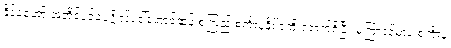
နိုင်ငံတော် အတိုင်ပင်ခံပုဂ္ဂိုလ်ဒေါ်အောင်ဆန်းစုကြည် စင်္ကာပူနိုင်ငံကို ရောက်ရှိပြီး မကြာခင်မှာပဲ စင်္ကာပူ